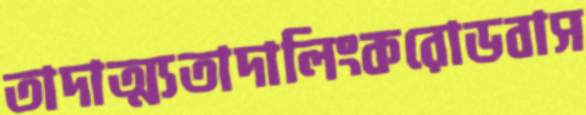
তাদাত্ম্যতাদালিংকরোডবাস